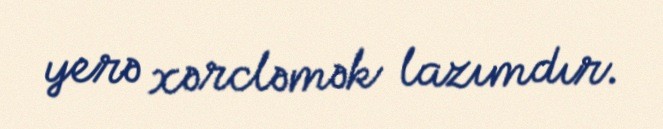
yerə xərcləmək lazımdır.